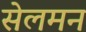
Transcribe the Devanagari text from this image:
सेलमन